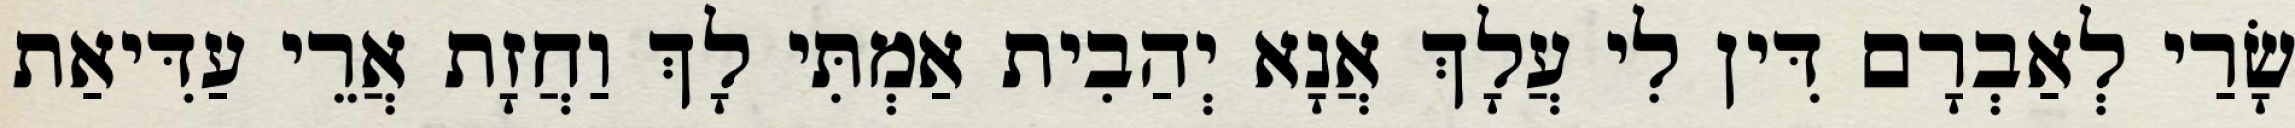
שָׂרַי לְאַבְרָם דִּין לִי עֲלָךְ אֲנָא יְהַבִית אַמְתִּי לָךְ וַחֲזָת אֲרֵי עַדִּיאַת